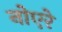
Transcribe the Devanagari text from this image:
नोएरे